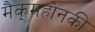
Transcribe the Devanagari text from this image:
मैक्‌महोनकी